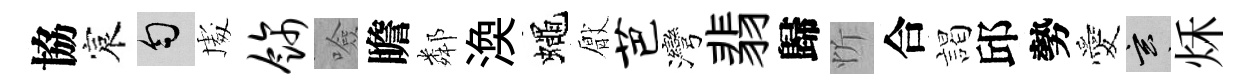
協宸匀䖏饰噞瞻鄰渙蠅厭芭灣翡歸忻合謁邱勢愛玄秌